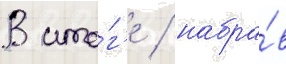
В ито́г'е / набра́в